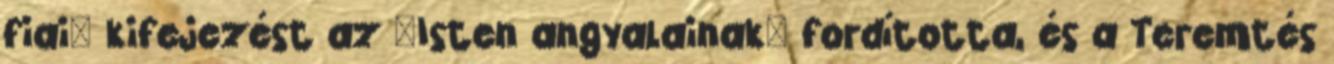
fiai" kifejezést az "Isten angyalainak" fordította, és a Teremtés